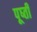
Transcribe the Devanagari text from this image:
पूष्ती